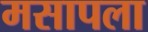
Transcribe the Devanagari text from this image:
मसापला